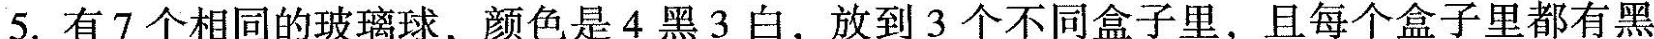
5.有7个相同的玻璃球，颜色是4黑3白，放到3个不同盒子里，且每个盒子里都有黑